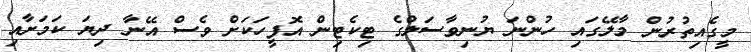
މީގެއިތުރުން މާލޭގައި ހުންނަ ޔުނިވާސަލްގެ ޓިކެޓިން އޮފީހަކަށް ވެސް އޭނާ ދިޔަ ކަމަށާއި